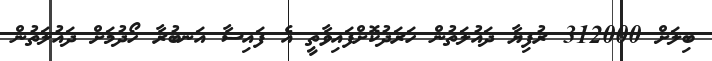
ބިލަށް 312000 ރުފިޔާ ދައުލަތުން ހަރަދުކޮށްފައިވާތީ އެ ފައިސާ އަނބުރާ ހޯދުމަށް ދައުލަތުން